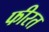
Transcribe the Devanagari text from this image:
फीरत